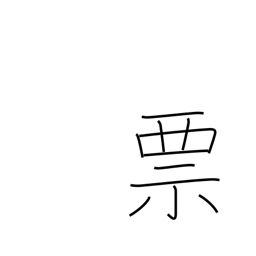
Meaning: label